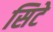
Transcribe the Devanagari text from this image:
सिटे